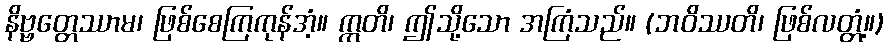
နိဗ္ဗတ္တေဿာမ၊ ဖြစ်စေကြကုန်အံ့။ ဣတိ၊ ဤသို့သော အကြံသည်။ (ဘဝိဿတိ၊ ဖြစ်လတ္တံ့။)